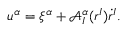
u ^ { \alpha } = \xi ^ { \alpha } + \mathcal { A } _ { I } ^ { \alpha } ( r ^ { I } ) \dot { r } ^ { I } .